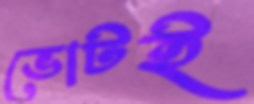
ভোটই